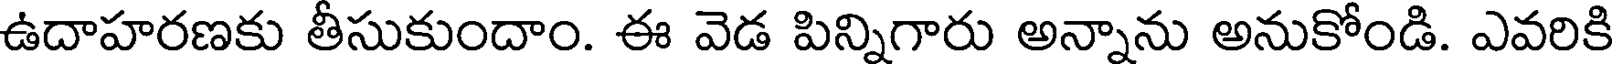
ఉదాహరణకు తీసుకుందాం. ఈ వెడ పిన్నిగారు అన్నాను అనుకోండి. ఎవరికి